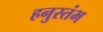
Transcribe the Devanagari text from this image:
हनुस्तंभ